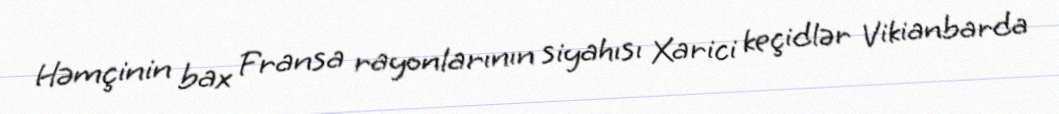
Həmçinin bax Fransa rayonlarının siyahısı Xarici keçidlər Vikianbarda